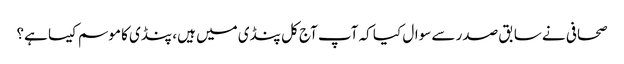
صحافی نے سابق صدر سے سوال کیا کہ آپ آج کل پنڈی میں ہیں، پنڈی کا موسم کیسا ہے؟